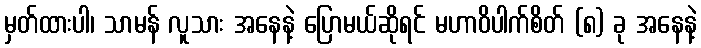
မှတ်ထားပါ၊ သာမန် လူသား အနေနဲ့ ပြောမယ်ဆိုရင် မဟာဝိပါက်စိတ် (၈) ခု အနေနဲ့